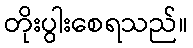
တိုးပွါးစေရသည်။